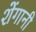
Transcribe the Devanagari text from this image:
शेंगानी